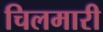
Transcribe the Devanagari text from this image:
चिलमारी